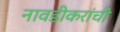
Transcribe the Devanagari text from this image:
नावडीकरांची